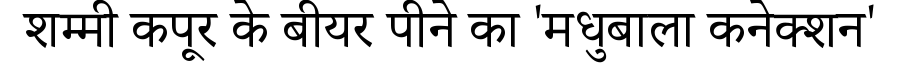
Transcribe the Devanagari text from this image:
शम्मी कपूर के बीयर पीने का 'मधुबाला कनेक्शन'